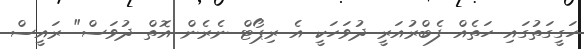
ހަގީގަތުގައި ހަތެއް ފެބްރުއަރީ ދުވަހަކީ އެ ރިޕޯޓް ނެރެން އޮތް ދުވަސް" ރައީސް